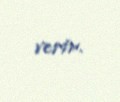
verir.